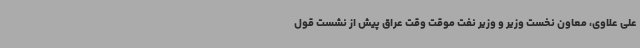
علی علاوی، معاون نخست وزیر و وزیر نفت موقت وقت عراق پیش از نشست قول